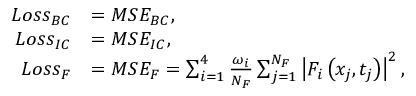
\begin{array} { r l } { L o s s _ { B C } } & { = M S E _ { B C } , } \\ { L o s s _ { I C } } & { = M S E _ { I C } , } \\ { L o s s _ { F } } & { = M S E _ { F } = \sum _ { i = 1 } ^ { 4 } \frac { \omega _ { i } } { N _ { F } } \sum _ { j = 1 } ^ { N _ { F } } \left| F _ { i } \left( x _ { j } , t _ { j } \right) \right| ^ { 2 } , } \end{array}